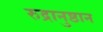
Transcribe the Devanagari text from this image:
रुद्रानुष्ठान